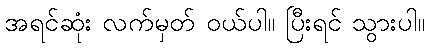
အရင်ဆုံး လက်မှတ် ဝယ်ပါ။ ပြီးရင် သွားပါ။